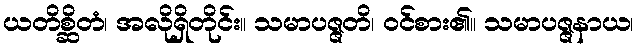
ယတိစ္ဆိတံ၊ အလိုရှိတိုင်း။ သမာပဇ္ဇတိ၊ ဝင်စား၏။ သမာပဇ္ဇနာယ၊